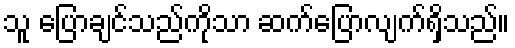
သူ ပြောချင်သည်ကိုသာ ဆက်ပြောလျက်ရှိသည်။